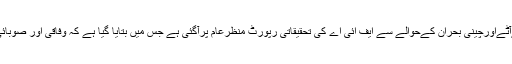
یاد رہے کہ گزشتہ دنوں ملک میں پیداہونےوالےآٹےاورچینی بحران کےحوالے سے ایف آئی اے کی تحقیقاتی رپورٹ منظرعام پرآگئی ہے جس میں بتایا گیا ہے کہ وفاقی اور صوبائی حکومتوں کی نااہلی آٹا بحران کی اہم وجہ رہی۔